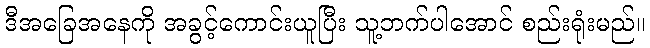
ဒီအခြေအနေကို အခွင့်ကောင်းယူပြီး သူ့ဘက်ပါအောင် စည်းရုံးမည်။